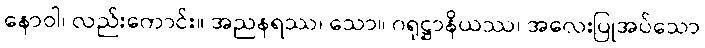
နောဝါ၊ လည်းကောင်း။ အညနရဿ၊ သော။ ဂရုဋ္ဌာနိယဿ၊ အလေးပြုအပ်သော